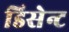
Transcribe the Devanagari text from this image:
डिसेन्ट